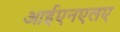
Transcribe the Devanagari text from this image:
आईएनएलए